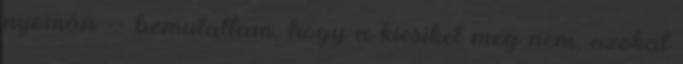
nyomán -- bemutattam, hogy a kicsiket meg nem, azokat